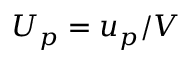
U _ { p } = u _ { p } / V